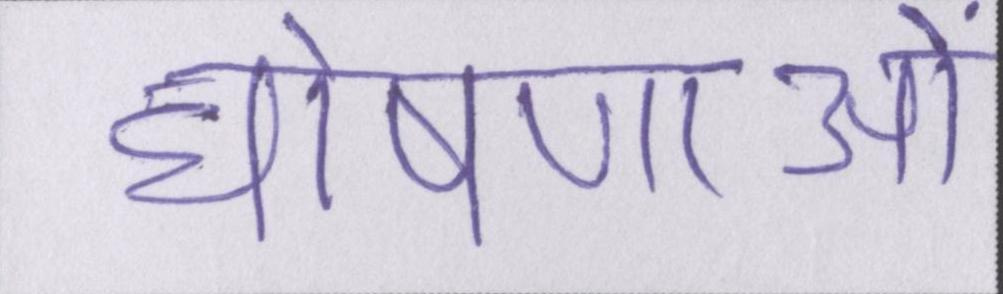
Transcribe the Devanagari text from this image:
घोषणाओं